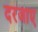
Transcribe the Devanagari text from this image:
दरजाए